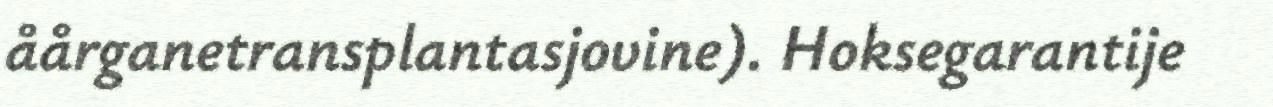
åårganetransplantasjovine). Hoksegarantije